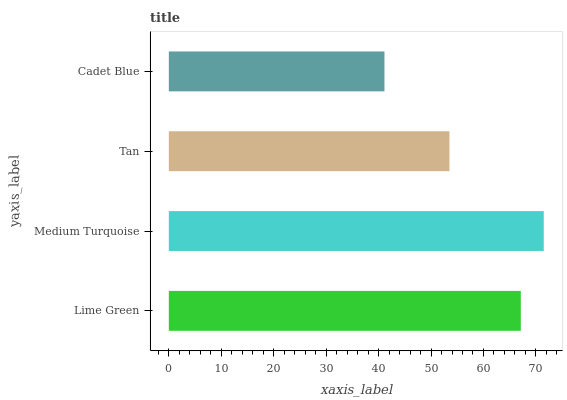
| yaxis_label | bars |
 | --- | --- |
 | Lime Green | 67.1 |
 | Medium Turquoise | 71.5 |
 | Tan | 53.5 |
 | Cadet Blue | 41.1 |